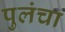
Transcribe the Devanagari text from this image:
पुलंचा